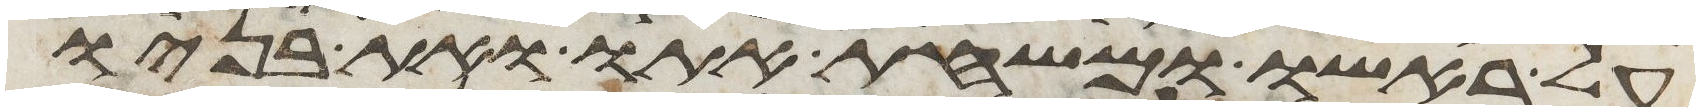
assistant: על ראשו ומשחת אתו ואת בניו